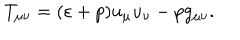
LaTeX: T _ { \mu \nu } = ( \varepsilon + p ) u _ { \mu } u _ { \nu } - p g _ { \mu \nu } .